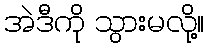
အဲဒီကို သွားမလို့။